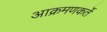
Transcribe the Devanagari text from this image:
आक्रमणकर्ते